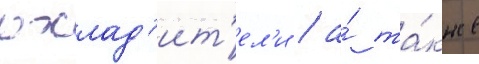
охлад'ит'ел'и / а́ та́кже